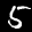
Label: 5